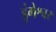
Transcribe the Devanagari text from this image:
डुंगेश्वर